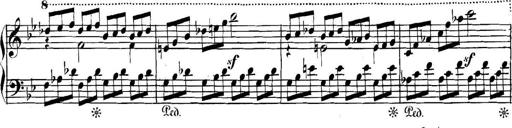
Title: Collected Piano Sonatas
Composer: Muzio Clementi